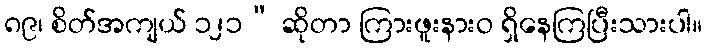
၈၉၊ စိတ်အကျယ် ၁၂၁” ဆိုတာ ကြားဖူးနားဝ ရှိနေကြပြီးသားပါ။